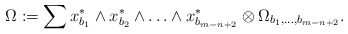
\begin{align*}\Omega:=\sum x^*_{b_1} \wedge x^*_{b_2} \wedge \ldots \wedge x^*_{b_{m-n+2}} \otimes \Omega_{b_1,\ldots,b_{m-n+2}}.\end{align*}